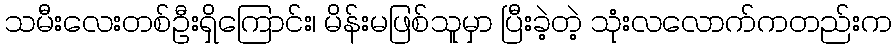
သမီးလေးတစ်ဦးရှိကြောင်း၊ မိန်းမဖြစ်သူမှာ ပြီးခဲ့တဲ့ သုံးလလောက်ကတည်းက